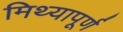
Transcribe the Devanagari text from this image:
मिथ्यापूर्ण